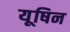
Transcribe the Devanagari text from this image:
यूषिन